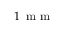
1 \, \textrm { m m }